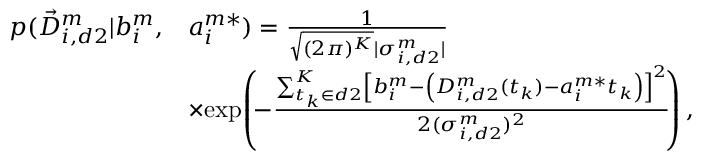
\begin{array} { r l } { p ( \vec { D } _ { i , d 2 } ^ { m } | b _ { i } ^ { m } , } & { a _ { i } ^ { m * } ) = \frac { 1 } { \sqrt { ( 2 \pi ) ^ { K } } | \sigma _ { i , d 2 } ^ { m } | } } \\ & { \times \! \exp \! \left( \! - \frac { \sum _ { t _ { k } \in d 2 } ^ { K } \left[ b _ { i } ^ { m } - \left( D _ { i , d 2 } ^ { m } ( t _ { k } ) - a _ { i } ^ { m * } t _ { k } \right) \right] ^ { 2 } } { 2 ( \sigma _ { i , d 2 } ^ { m } ) ^ { 2 } } \! \right) , } \end{array}